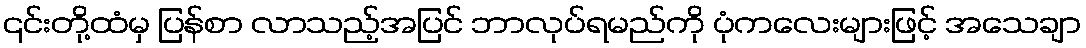
၎င်းတို့ထံမှ ပြန်စာ လာသည့်အပြင် ဘာလုပ်ရမည်ကို ပုံကလေးများဖြင့် အသေချာ